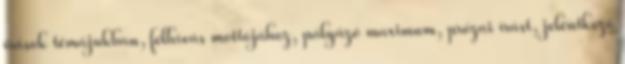
írások témájukban, felhívás mottójához, pályázó maximum, prózai írást, jelentkező